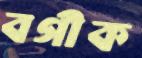
বগীক